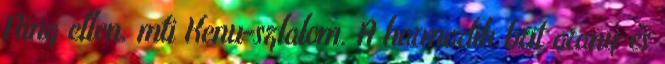
Ning ellen. mti Kenu-szlalom. A harmadik brit arany és